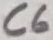
Text: C6